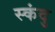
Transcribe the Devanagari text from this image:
स्कंदु